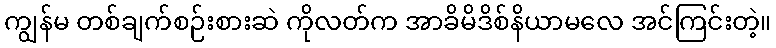
ကျွန်မ တစ်ချက်စဉ်းစားဆဲ ကိုလတ်က အာခိမိဒိစ်နိယာမလေ အင်ကြင်းတဲ့။